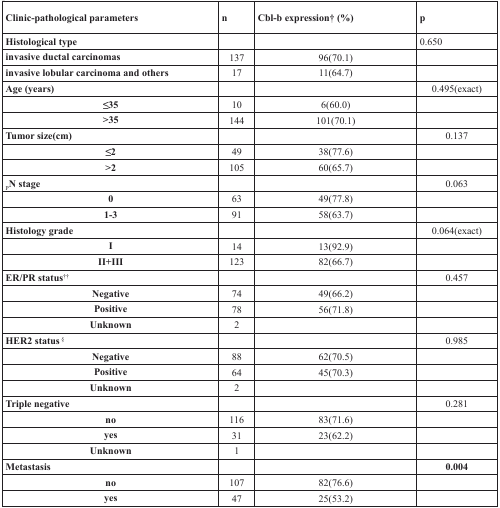
<table><thead><tr><td><b>Clinic-pathological parameters</b></td><td><b>n</b></td><td><b>Cbl-b expression† (%)</b></td><td><b>p</b></td></tr></thead><tbody><tr><td><b>Histological type</b></td><td></td><td></td><td>0.650</td></tr><tr><td><b>invasive ductal carcinomas</b></td><td>137</td><td>96(70.1)</td><td></td></tr><tr><td><b>invasive lobular carcinoma and others</b></td><td>17</td><td>11(64.7)</td><td></td></tr><tr><td><b>Age (years)</b></td><td></td><td></td><td>0.495(exact)</td></tr><tr><td><b>≤35</b></td><td>10</td><td>6(60.0)</td><td></td></tr><tr><td><b>&gt;35</b></td><td>144</td><td>101(70.1)</td><td></td></tr><tr><td><b>Tumor size(cm)</b></td><td></td><td></td><td>0.137</td></tr><tr><td><b>≤2</b></td><td>49</td><td>38(77.6)</td><td></td></tr><tr><td><b>&gt;2</b></td><td>105</td><td>60(65.7)</td><td></td></tr><tr><td><sub>P</sub><b>N stage</b></td><td></td><td></td><td>0.063</td></tr><tr><td><b>0</b></td><td>63</td><td>49(77.8)</td><td></td></tr><tr><td><b>1-3</b></td><td>91</td><td>58(63.7)</td><td></td></tr><tr><td><b>Histology grade</b></td><td></td><td></td><td>0.064(exact)</td></tr><tr><td><b>I</b></td><td>14</td><td>13(92.9)</td><td></td></tr><tr><td><b>II+III</b></td><td>123</td><td>82(66.7)</td><td></td></tr><tr><td><b>ER/PR status</b><sup>††</sup></td><td></td><td></td><td>0.457</td></tr><tr><td><b>Negative</b></td><td>74</td><td>49(66.2)</td><td></td></tr><tr><td><b>Positive</b></td><td>78</td><td>56(71.8)</td><td></td></tr><tr><td><b>Unknown</b></td><td>2</td><td></td><td></td></tr><tr><td><b>HER2 status</b><sup>§</sup></td><td></td><td></td><td>0.985</td></tr><tr><td><b>Negative</b></td><td>88</td><td>62(70.5)</td><td></td></tr><tr><td><b>Positive</b></td><td>64</td><td>45(70.3)</td><td></td></tr><tr><td><b>Unknown</b></td><td>2</td><td></td><td></td></tr><tr><td><b>Triple negative</b></td><td></td><td></td><td>0.281</td></tr><tr><td><b>no</b></td><td>116</td><td>83(71.6)</td><td></td></tr><tr><td><b>yes</b></td><td>31</td><td>23(62.2)</td><td></td></tr><tr><td><b>Unknown</b></td><td>1</td><td></td><td></td></tr><tr><td><b>Metastasis</b></td><td></td><td></td><td><b>0.004</b></td></tr><tr><td><b>no</b></td><td>107</td><td>82(76.6)</td><td></td></tr><tr><td><b>yes</b></td><td>47</td><td>25(53.2)</td><td></td></tr></tbody></table>